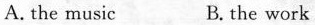
A. the music B. The work